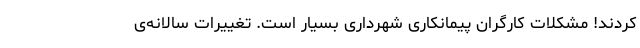
کردند! مشکلاتِ کارگران پیمانکاری شهرداری بسیار است. تغییراتِ سالانه‌ی